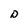
Character: D